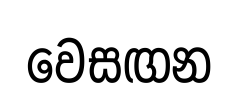
වෙසඟන